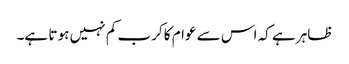
ظاہر ہے کہ اس سے عوام کا کرب کم نہیں ہو تا ہے۔